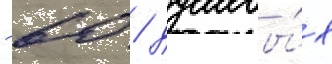
- 60 / душевы́х